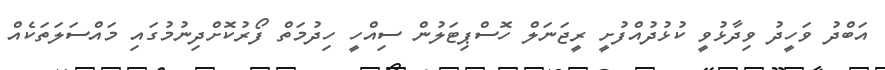
އަބްދު ވަހީދު ވިދާޅުވީ ކުޅުދުއްފުށީ ރީޖަނަލް ހޮސްޕިޓަލުން ސިއްހީ ހިދުމަތް ފޯރުކޮށްދިނުމުގައި މައްސަލަތަކެއް